Vaccination returns of the Province of Eastern Bengal and Assam - 1905-1912
Year: 1905
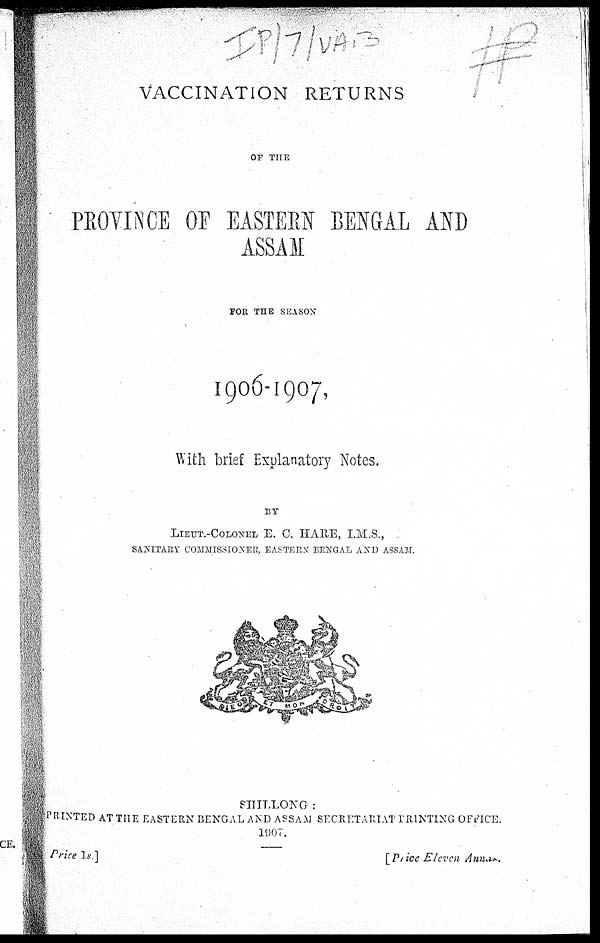
VACCINATION RETURNS
OF THE
PROVINCE OF EASTERN BENGAL AND
ASSAM
FOR THE SEASON
1906-1907,
With brief Explanatory Notes.
BY
LIEUT.-COLONEL, E. C. HARE, I.M.S.,
SANITARY COMMISSIONER, EASTERN BENGAL AND ASSAM.
SHILLONG :
PRINTED AT THE EASTERN BENGAL AND ASSAM SECRETARIAT PRINTING OFFICE.
1907.
Price 1s.]
[Price Eleven Annas.